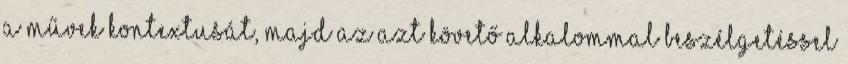
a művek kontextusát, majd az azt követő alkalommal beszélgetéssel